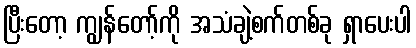
ပြီးတော့ ကျွန်တော့်ကို အသံချဲ့စက်တစ်ခု ရှာပေးပါ